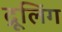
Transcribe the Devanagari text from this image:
द्रूलिंग